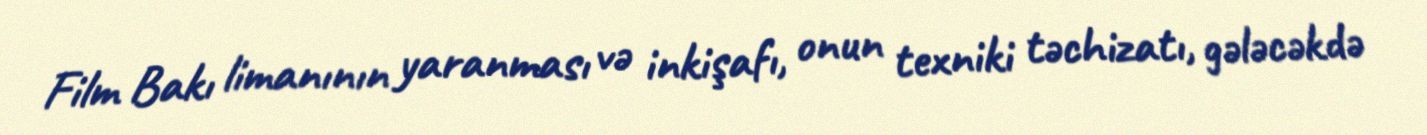
Film Bakı limanının yaranması və inkişafı, onun texniki təchizatı, gələcəkdə